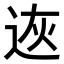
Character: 𨒭